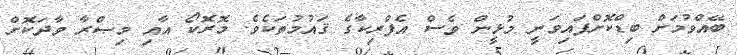
ބޭއްވުމަށް ބިޑްކޮށްފައިވަނީ މުޅީން ވެސް އެފްރިކާގެ ޤައުމުތަކެވެ. މޮރޮކޯ އާއި މިޞްރާ ވާދަކޮށް